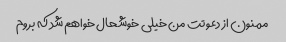
ممنون از دعوتت من خیلی خوشحال خواهم شد که بروم